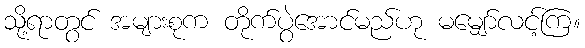
သို့ရာတွင် အများစုက တိုက်ပွဲအောင်မည်ဟု မမျှော်လင့်ကြ။